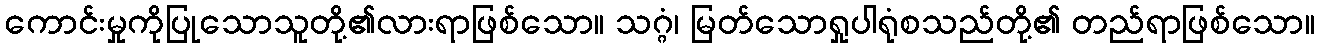
ကောင်းမှုကိုပြုသောသူတို့၏လားရာဖြစ်သော။ သဂ္ဂံ၊ မြတ်သောရှုပါရုံစသည်တို့၏ တည်ရာဖြစ်သော။